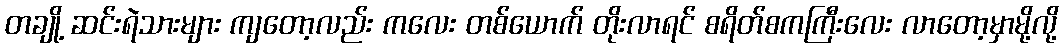
တချို့ ဆင်းရဲသားများ ကျတော့လည်း ကလေး တစ်ယောက် တိုးလာရင် စရိတ်စကကြီးလေး လာတော့မှာမို့လို့